Notes on the propagation and cultivation of the medicinal cinchonas, or Peruvian bark trees
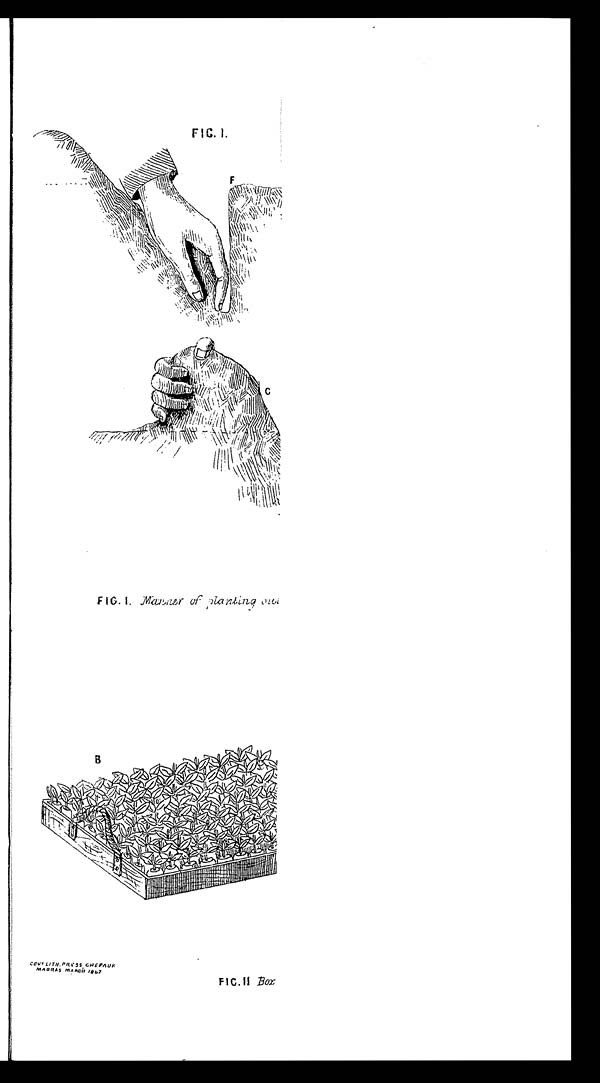
FIG. 1.
FIG.I Manner of Planting
GOVT LI TH. PRESS CHEPAUK MADRAS MARCH 1867
FIG.II Box